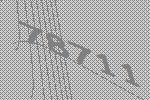
78711